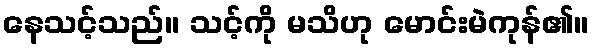
နေသင့်သည်။ သင့်ကို မသိဟု မောင်းမဲကုန်၏။